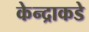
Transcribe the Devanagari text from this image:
केन्द्राकडे